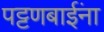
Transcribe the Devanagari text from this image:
पट्टणबाईंना